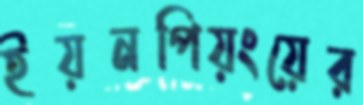
ইয়নপিয়ংয়ের